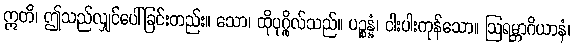
ဣတိ၊ ဤသည်လျှင်ပေါ်ခြင်းတည်း။ သော၊ ထိုပုဂ္ဂိုလ်သည်။ ပဉ္စန္နံ၊ ငါးပါးကုန်သော။ ဩရမ္ဘာဂိယာနံ၊